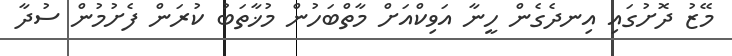
މޭޒު ދޮށުގައި އިނދެގެން ހީނާ އަވިކްއަށް މާތްބަހުން މުޚާތަބު ކުރަން ފެށުމުން ސުދާ